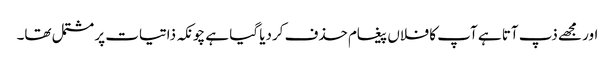
اور مجھے ذپ آتا ہے آپ کا فلاں پیغام حذف کردیا گیا ہے چونکہ ذاتیات پر مشتمل تھا۔